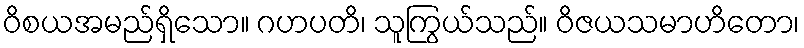
ဝိစယအမည်ရှိသော။ ဂဟပတိ၊ သူကြွယ်သည်။ ဝိဇယသမာဟိတော၊